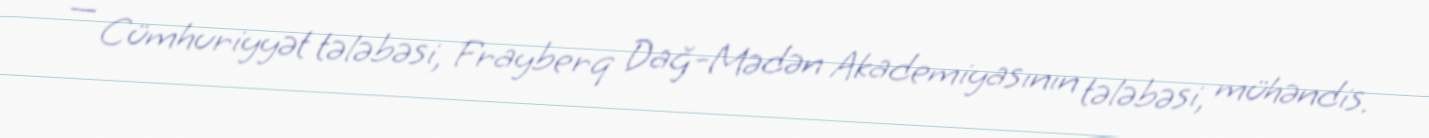
— Cümhuriyyət tələbəsi, Frayberq Dağ-Mədən Akademiyasının tələbəsi, mühəndis.